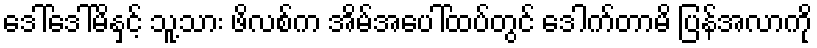
ဒေါ်ဒေါ်မိနှင့် သူ့သား ဖိလစ်က အိမ်အပေါ်ထပ်တွင် ဒေါက်တာမိ ပြန်အလာကို